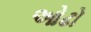
ઓઢો